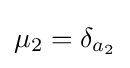
\mu _{2}=\delta _{a_{2}}